Annual administration report of the Civil Veterinary Department of India - 1907-1908
Year: 1907
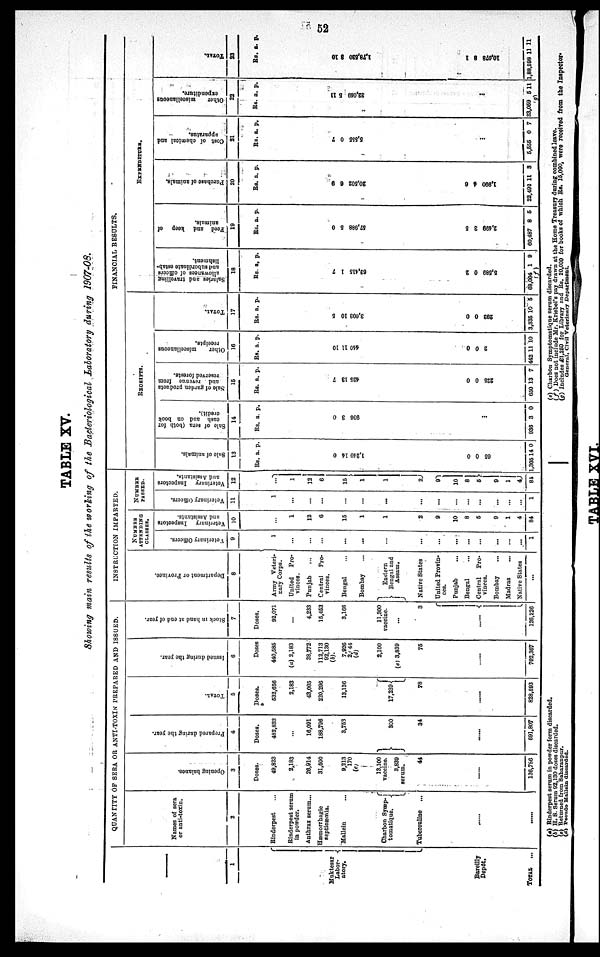
52
TABLE XV.
Showing main results of the working of the Bacteriological Laboratory during 1907-08.
—
1
Muktesar
Labor-
atory.
Bareilly
Depôt.
TOTAL
...
QUANTITY OF SERA OR ANTI-TOXIN PREPARED AND ISSUED.
Names of sera
or anti-toxin.
2
Rinderpest ...
Rinderpest serum
in powder.
Anthrax serum...
Hæmorrhagic
septicæmia.
Mallein ...
Charbon Symp-
tomatique.
Tuberculine ...
......
......
Ope ni ng balance.
3
Doses.
49,823
2,183
26,914
31,500
9,213
170
(c)
13,100
vaccine.
3,839
serum.
44
......
136,786
Prepared during the year.
4
Doses.
482,833
...
16,091
188,796
3,753
300
34
......
691,807
TOTAL.
5
Doses.
532,656
2,183
43,005
220,296
13,136
17,239
78
......
828,593
I s s ued dur i
ng the year .
6
Doses
440,585
(a) 2,183
38,772
112,713
92,130
(b).
7,926
2, 44
(d)
2,100
(e) 3,839
75
......
702,367
Stock in hand at end of year.
7
Doses.
92,071
...
4,233
15,453
3,166
11,300
vaccine.
...
3
......
126,226
INSTRUCTION IMPARTED.
Department or Pr ovi nce.
8
Army Veteri-
nary Corps.
United
Pro-
vinces.
Punjab
...
Central
Pro-
vinces.
Bengal ...
Bombay ...
Eastern
Bengal and
Assam.
Native States
United Provin-
ces.
Punjab ...
Bengal ...
Central
Pro-
vinces.
Bombay ...
Madras ...
Native States
...
NUMBER
ATTENDING
CLASSES.
Veterinary Officers.
9
1
...
...
...
...
...
...
...
...
...
...
...
...
...
...
1
Veterinary Inspectors
and Assistants.
10
...
1
12
6
15
1
1
2
9
10
8
6
9
1
4
84
NUMBER
PASSED.
Veterinary Officers.
11
1
...
...
...
...
...
...
...
...
...
...
...
...
...
...
1
Veterinary
Inspectors
and Assistants.
12
...
1
12
6
15
1
1
2
9
10
8
5
9
1
4
84
FINANCIAL RESULTS.
RECEIPTS.
Sale of animals.
13
Rs.
1,240
65
1,305
a.
14
0
14
p.
0
0
0
Sale of sera (both for
cash and on book
credit).
14
Rs.
936
936
a.
3
...
3
p.
0
0
Sale of garden products
and r
e ve nue f r om
r eser ved f or est s.
15
Rs.
425
225
650
a.
13
0
13
p.
7
0
7
Ot her miscellaneous
receipts.
16
Rs.
440
2
442
a.
11
0
11
p.
10
0
10
TOTAL.
17
Rs.
3,003
292
3,335
a.
10
0
10
p.
5
0
5
EXPENDITURE.
Salaries and t
r avel l
i
ng
allowances of officers
and subordinate estab-
l
i
s hment .
18
Rs.
62,415
5,589
68,004
(f)
a.
1
0
1
p.
7
2
9
Feed and keep of
animals.
19
Rs.
57,988
2,499
60,487
a.
5
3
8
p.
0
5
5
Pur c ha s e of animals.
20
Rs.
20,502
1,990
22,492
a.
6
4
11
p.
9
6
3
Cost of chemical and
apparatus.
21
Rs.
5,555
5,555
a.
0
...
0
p.
7
7
Ot her miscellaneous
expenditure.
22
Rs.
32,059
33,059
(a)
a.
5
...
5
p.
11
11
TOTAL.
23
Rs.
1,78,520
10,078
1,88,598
a.
8
8
11
p.
10
1
11
(a) Rinderpest serum in powder form discarded.
(b) H. S. Serum 92,130 doses discarded.
(c) Returned from Saharanpur.
(d) Pseudo Mallein discorded.
(e) Charbon Symptomatique serum discarded.
(f) Does not include Mr. Kriebel's pay drawn at the Home Treasury during combined leave.
(g) Includes £1,250 for Library and Rs. 20,000 for books of which. Rs. 15,000, were received from the Inspector-
General. Civil Veterinary Department.